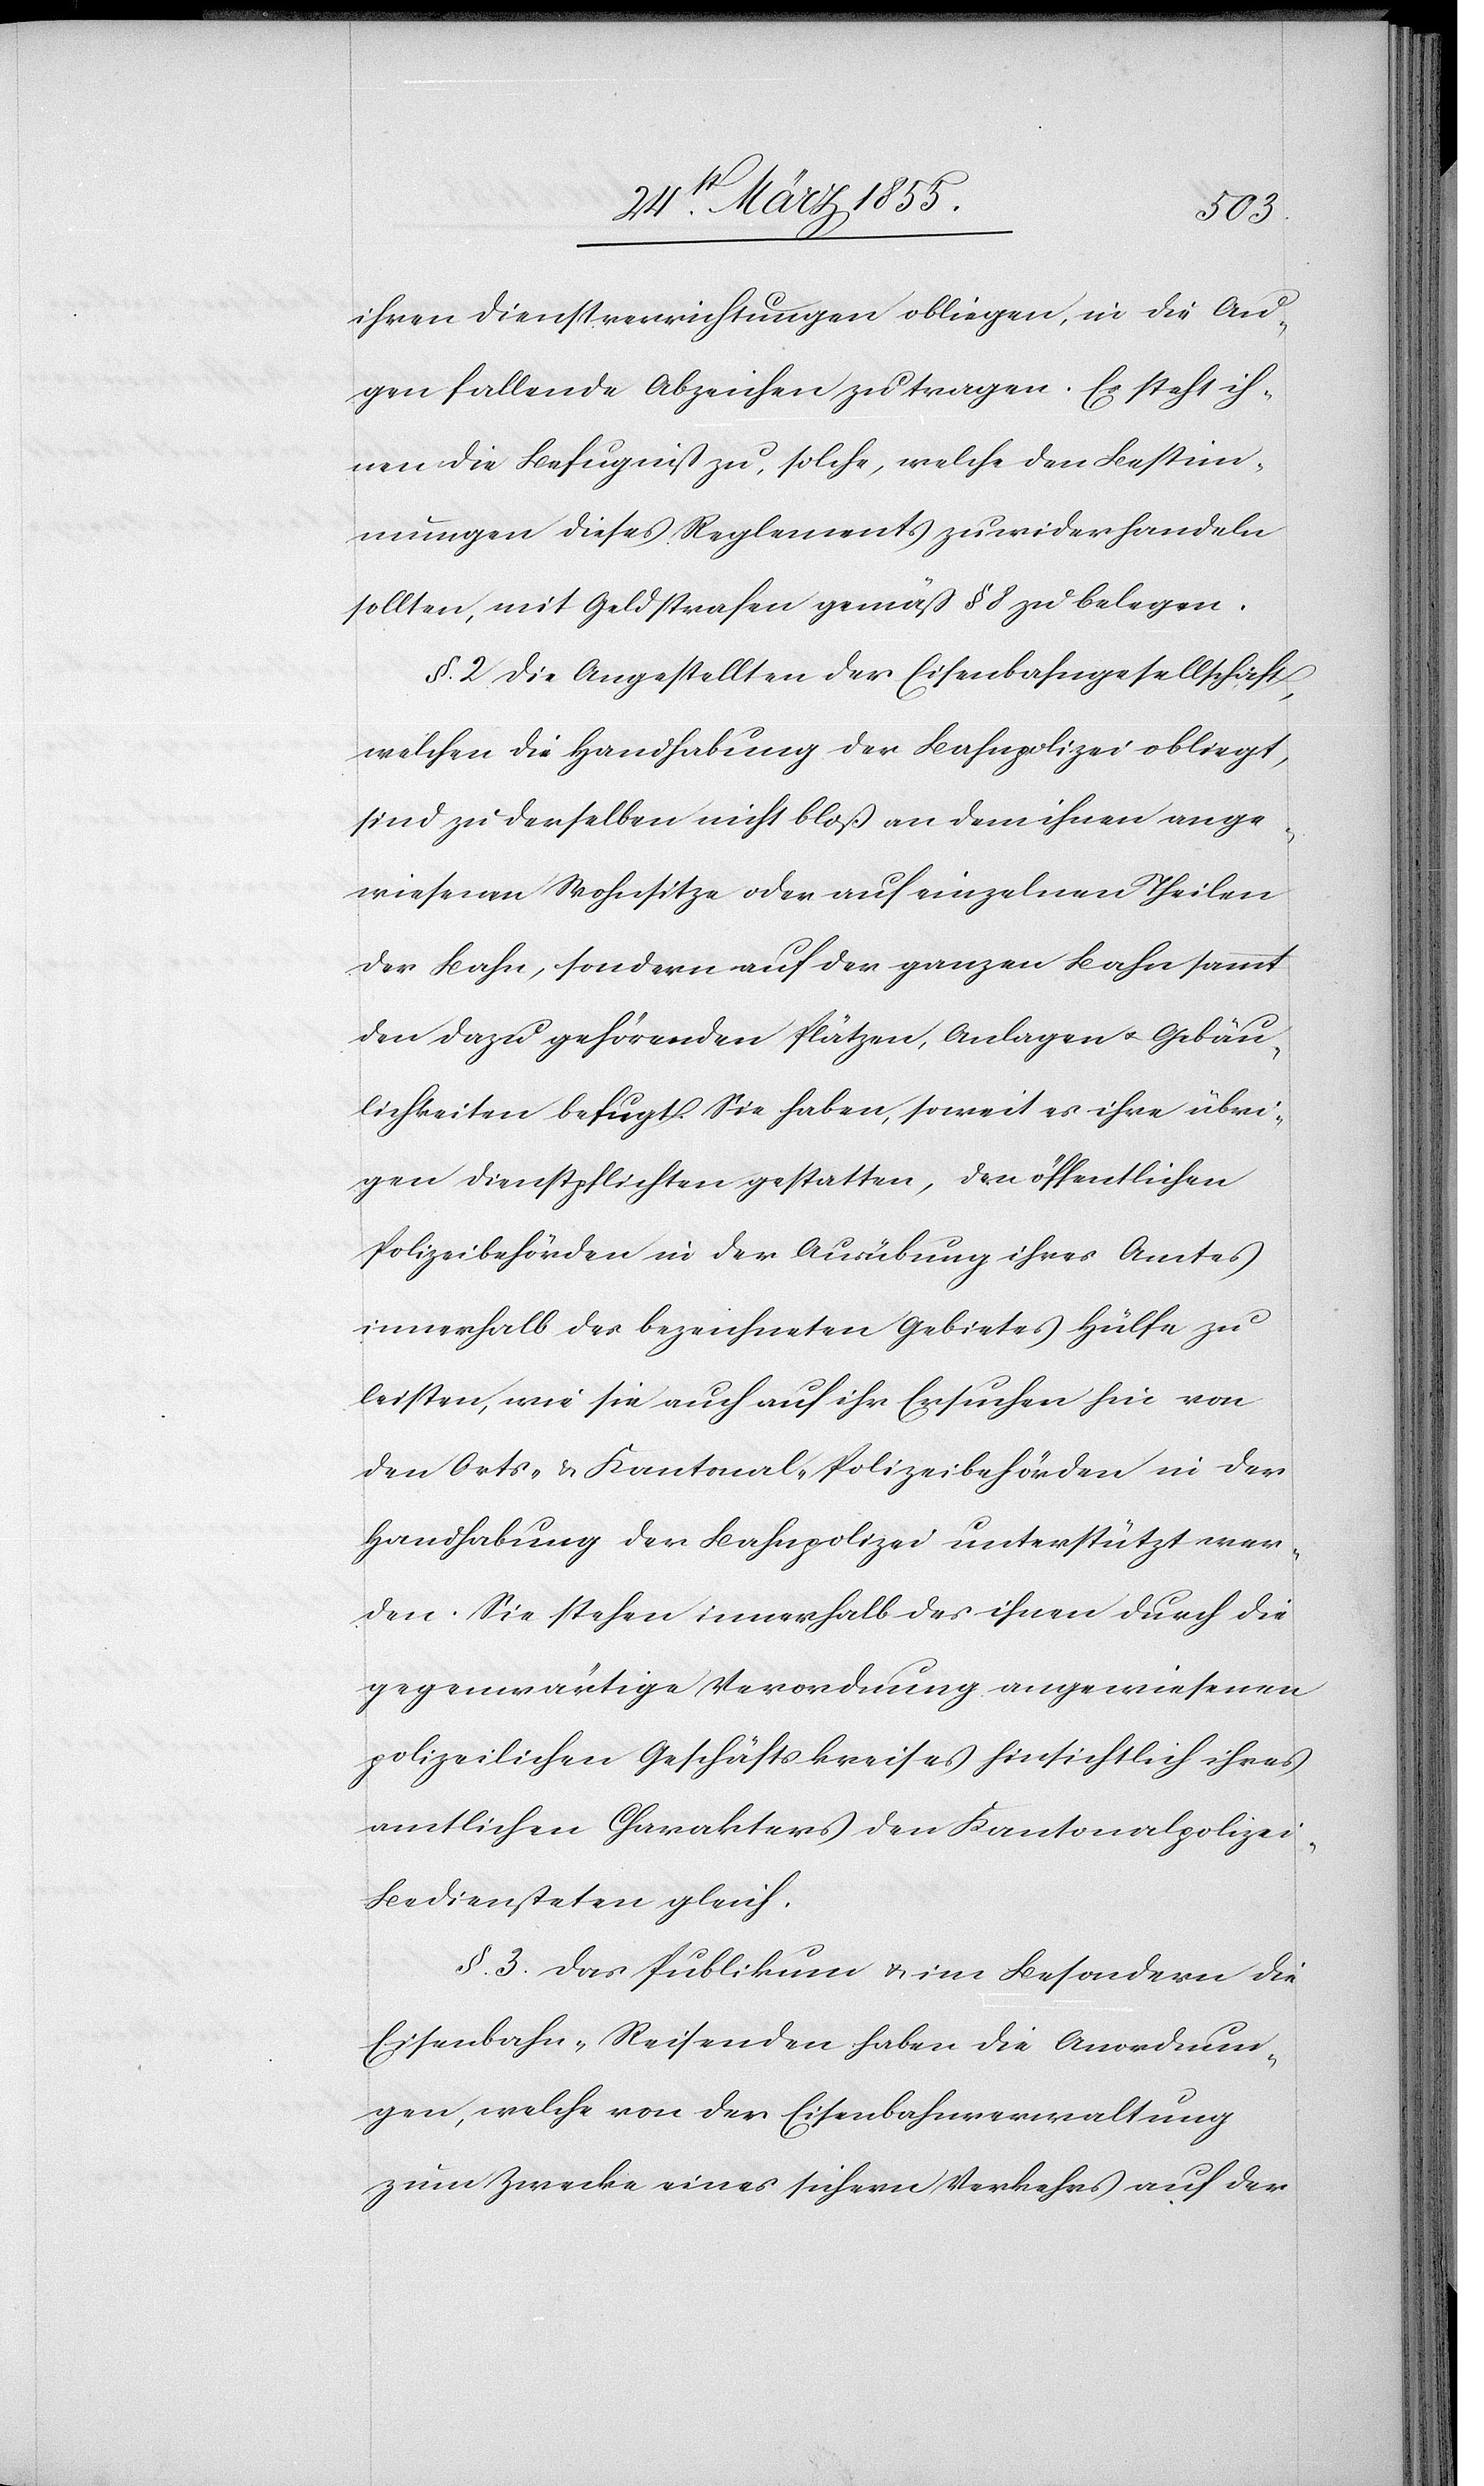
ihren Dienstverrichtungen obliegen, in die Au¬
gen fallende Abzeichen zu tragen. Es steht ih¬
nen die Befugniß zu, solche, welche den Bestim¬
mungen dieses Reglements zuwiderhandeln
sollten, mit Geldstrafen gemäß § 8 zu belegen.
§. 2 Die Angestellten der Eisenbahngesellschaft,
welchen die Handhabung der Bahnpolizei obliegt,
sind zu derselben nicht bloß an dem ihnen ange¬
wiesenen Wohnsitze oder auf einzelnen Theilen
der Bahn, sondern auf der ganzen Bahn sammt
den dazu gehörenden Plätzen, Anlagen & Gebäu¬
lichkeiten befugt. Sie haben, soweit es ihre übri¬
gen Dienstpflichten gestatten, den öffentlichen
Polizeibehörden in der Ausübung ihres Amtes
innerhalb des bezeichneten Gebietes Hülfe zu
leisten, wie sie auch auf ihr Ersuchen hin von
den Orts- & Kantonal-Polizeibehörden in der
Handhabung der Bahnpolizei unterstützt wer¬
den. Sie stehen innerhalb des ihnen durch die
gegenwärtige Verordnung angewiesenen
polizeilichen Geschäftskreises hinsichtlich ihres
amtlichen Charakters den Kantonalpolize¬
i-Bediensteten gleich.
§. 3. Das Publikum & im Besondern die
Eisenbahn-Reisenden haben die Anordnun¬
gen, welche von der Eisenbahnverwaltung
zum Zwecke eines sichern Verkehrs auf der